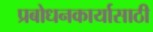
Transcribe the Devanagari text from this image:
प्रबोधनकार्यासाठी